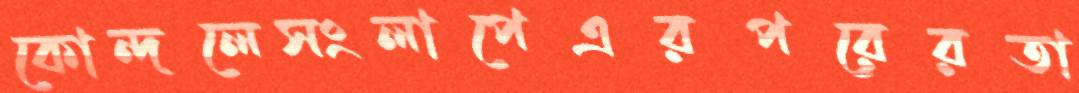
কোন্দলেসংলাপেএরপরেরতা